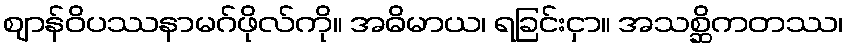
ဈာန်ဝိပဿနာမဂ်ဖိုလ်ကို။ အဓိမာယ၊ ရခြင်းငှာ။ အသစ္ဆိကတဿ၊